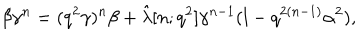
\beta \gamma ^ { n } = ( q ^ { 2 } \gamma ) ^ { n } \beta + \hat { \lambda } [ n ; q ^ { 2 } ] \gamma ^ { n - 1 } ( l - q ^ { 2 ( n - 1 ) } \alpha ^ { 2 } ) ,